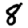
Digit: 8